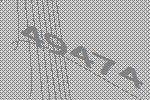
49474